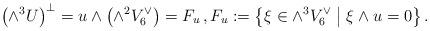
LaTeX: \begin{align*}\bigl(\wedge^3 U \bigr)^\perp = u \wedge \bigl(\wedge^2 V_6^\vee\bigr) = F_u\, ,F_u := \bigl\{\xi \in \wedge^3 V_6^\vee \bigm| \xi \wedge u = 0\bigr\}\, .\end{align*}